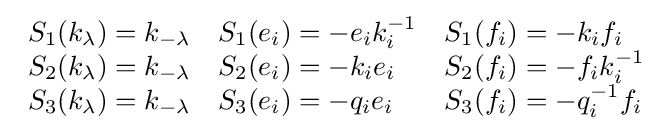
{\begin{array}{lll}S_{1}(k_{\lambda })=k_{-\lambda }&S_{1}(e_{i})=-e_{i}k_{i}^{-1}&S_{1}(f_{i})=-k_{i}f_{i}\\S_{2}(k_{\lambda })=k_{-\lambda }&S_{2}(e_{i})=-k_{i}e_{i}&S_{2}(f_{i})=-f_{i}k_{i}^{-1}\\S_{3}(k_{\lambda })=k_{-\lambda }&S_{3}(e_{i})=-q_{i}e_{i}&S_{3}(f_{i})=-q_{i}^{-1}f_{i}\end{array}}